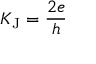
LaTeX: K _ { \mathrm { J } } = { \frac { 2 e } { h } }